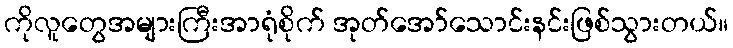
ကိုလူတွေအများကြီးအာရုံစိုက် အုတ်အော်သောင်းနင်းဖြစ်သွားတယ်။